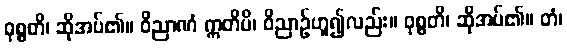
ဝုစ္စတိ၊ ဆိုအပ်၏။ ဝိညာဏံ ဣတိပိ၊ ဝိညာဉ်ဟူ၍လည်း။ ဝုစ္စတိ၊ ဆိုအပ်၏။ တံ၊